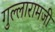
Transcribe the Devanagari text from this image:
गुल्लारामजी